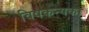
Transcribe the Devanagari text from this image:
विषकन्यका